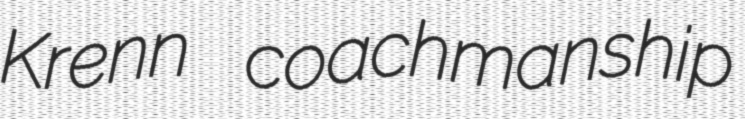
Krenn coachmanship